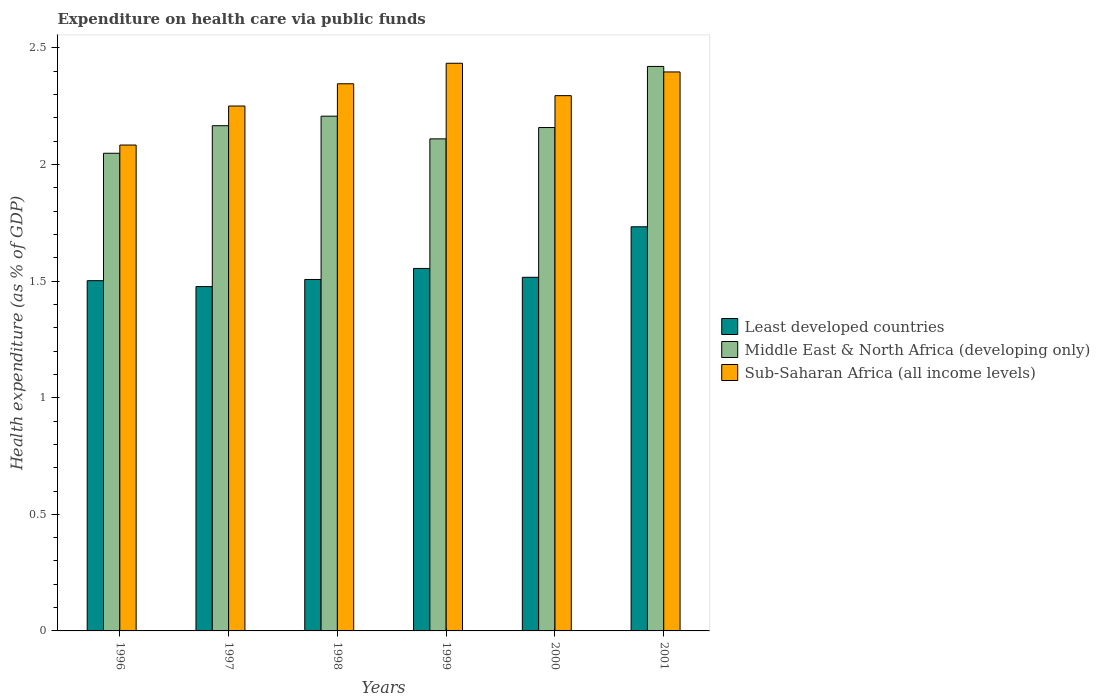
| Years | Least developed countries | Middle East & North Africa (developing only) | Sub-Saharan Africa (all income levels) |
 | --- | --- | --- | --- |
 | 1996 | 1.5 | 2.05 | 2.08 |
 | 1997 | 1.48 | 2.17 | 2.25 |
 | 1998 | 1.51 | 2.21 | 2.35 |
 | 1999 | 1.55 | 2.11 | 2.43 |
 | 2000 | 1.52 | 2.16 | 2.3 |
 | 2001 | 1.73 | 2.42 | 2.4 |